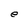
Character: e